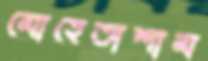
মোহেতাশাম